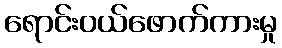
ရောင်းဝယ်ဖောက်ကားမှု